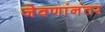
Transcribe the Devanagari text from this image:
जेवणांनंतर